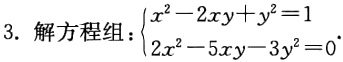
3. 解方程组：\(\begin{cases}x^{2}-2xy + y^{2}=1\\2x^{2}-5xy - 3y^{2}=0\end{cases}\)